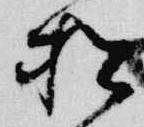
松